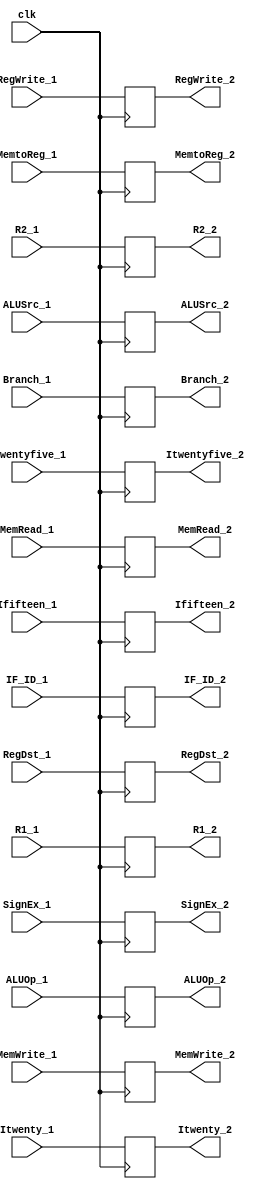
module ID_EX (clk,
RegWrite_1,MemtoReg_1,           //WB icontrols
Branch_1,MemRead_1,MemWrite_1,   //M controls
RegDst_1,ALUOp_1,ALUSrc_1,        //EX controls
IF_ID_1,                          //instruction fetch decode input
R1_1,R2_1,                        //registers input
SignEx_1,                         //sign extender input
Itwentyfive_1,                      //instruction 25 to 21
Itwenty_1,                        //intruction 20 to 16
Ififteen_1,                       //intruction 15 to 11

RegWrite_2,MemtoReg_2,
Branch_2,MemRead_2,MemWrite_2,
RegDst_2,ALUOp_2,ALUSrc_2,
IF_ID_2,
R1_2,R2_2,
SignEx_2,
Itwentyfive_2,
Itwenty_2,
Ififteen_2);

input clk,RegWrite_1,MemtoReg_1,           
Branch_1,MemRead_1,MemWrite_1,  
RegDst_1,ALUSrc_1 ;
input [1:0] ALUOp_1;
input [31:0] IF_ID_1,                          
R1_1,R2_1,                        
SignEx_1 ;

input [4:0] Itwentyfive_1,Itwenty_1,Ififteen_1;

output reg RegWrite_2,MemtoReg_2,           
Branch_2,MemRead_2,MemWrite_2,  
RegDst_2,ALUSrc_2 ;

output reg [1:0] ALUOp_2;

output reg [31:0] IF_ID_2,                          
R1_2,R2_2,                        
SignEx_2 ;

output reg [4:0] Itwentyfive_2,Itwenty_2,Ififteen_2;

//initial begin
//OP_PCadder<=0;
//OP_InsMem<=0;
//end

initial begin
Branch_2=0;
end

always @ (posedge clk) begin
RegWrite_2<=RegWrite_1;
MemtoReg_2<=MemtoReg_1;           
Branch_2<=Branch_1;
MemRead_2<=MemRead_1;
MemWrite_2<=MemWrite_1;  
RegDst_2<=RegDst_1;
ALUOp_2<=ALUOp_1;
ALUSrc_2<=ALUSrc_1;

IF_ID_2<=IF_ID_1;
R1_2<=R1_1;
R2_2<=R2_1;
SignEx_2<=SignEx_1;
Itwentyfive_2<= Itwentyfive_1;
Itwenty_2<=Itwenty_1;
Ififteen_2<=Ififteen_1;

end
endmodule